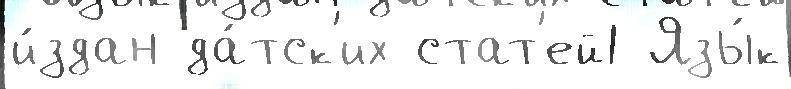
и́здан да́тск'их стат'ей1 Язы́к